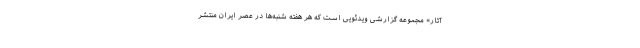
آثار» مجموعه‌ گزارشی ویدئویی است که هر هفته شنبه‌ها در عصر ایران منتشر